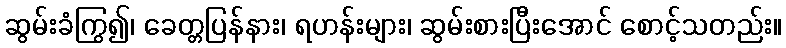
ဆွမ်းခံကြွ၍၊ ခေတ္တပြန်နား၊ ရဟန်းများ၊ ဆွမ်းစားပြီးအောင် စောင့်သတည်း။